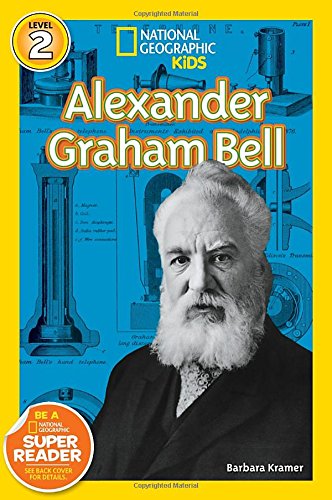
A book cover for National Geographic Readers: Alexander Graham Bell (Readers Bios); Barbara Kramer; Children's Books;